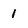
Character: 1